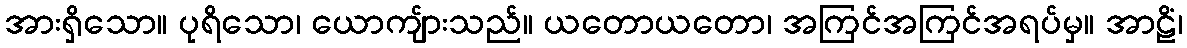
အားရှိသော။ ပုရိသော၊ ယောကျ်ားသည်။ ယတောယတော၊ အကြင်အကြင်အရပ်မှ။ အာဠိံ၊